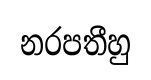
නරපතීහු